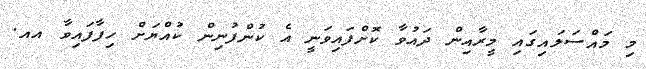
މި މައްސަލައިގައި މީރާއިން ދައުވާ ކޮށްފައިވަނީ އެ ކުންފުނިން ކުއްޔަށް ހިފާފައިވާ އއ.